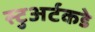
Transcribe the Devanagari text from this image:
स्टुअर्टकडे